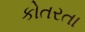
કોતરતા